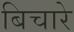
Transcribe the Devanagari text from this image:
बिचारे